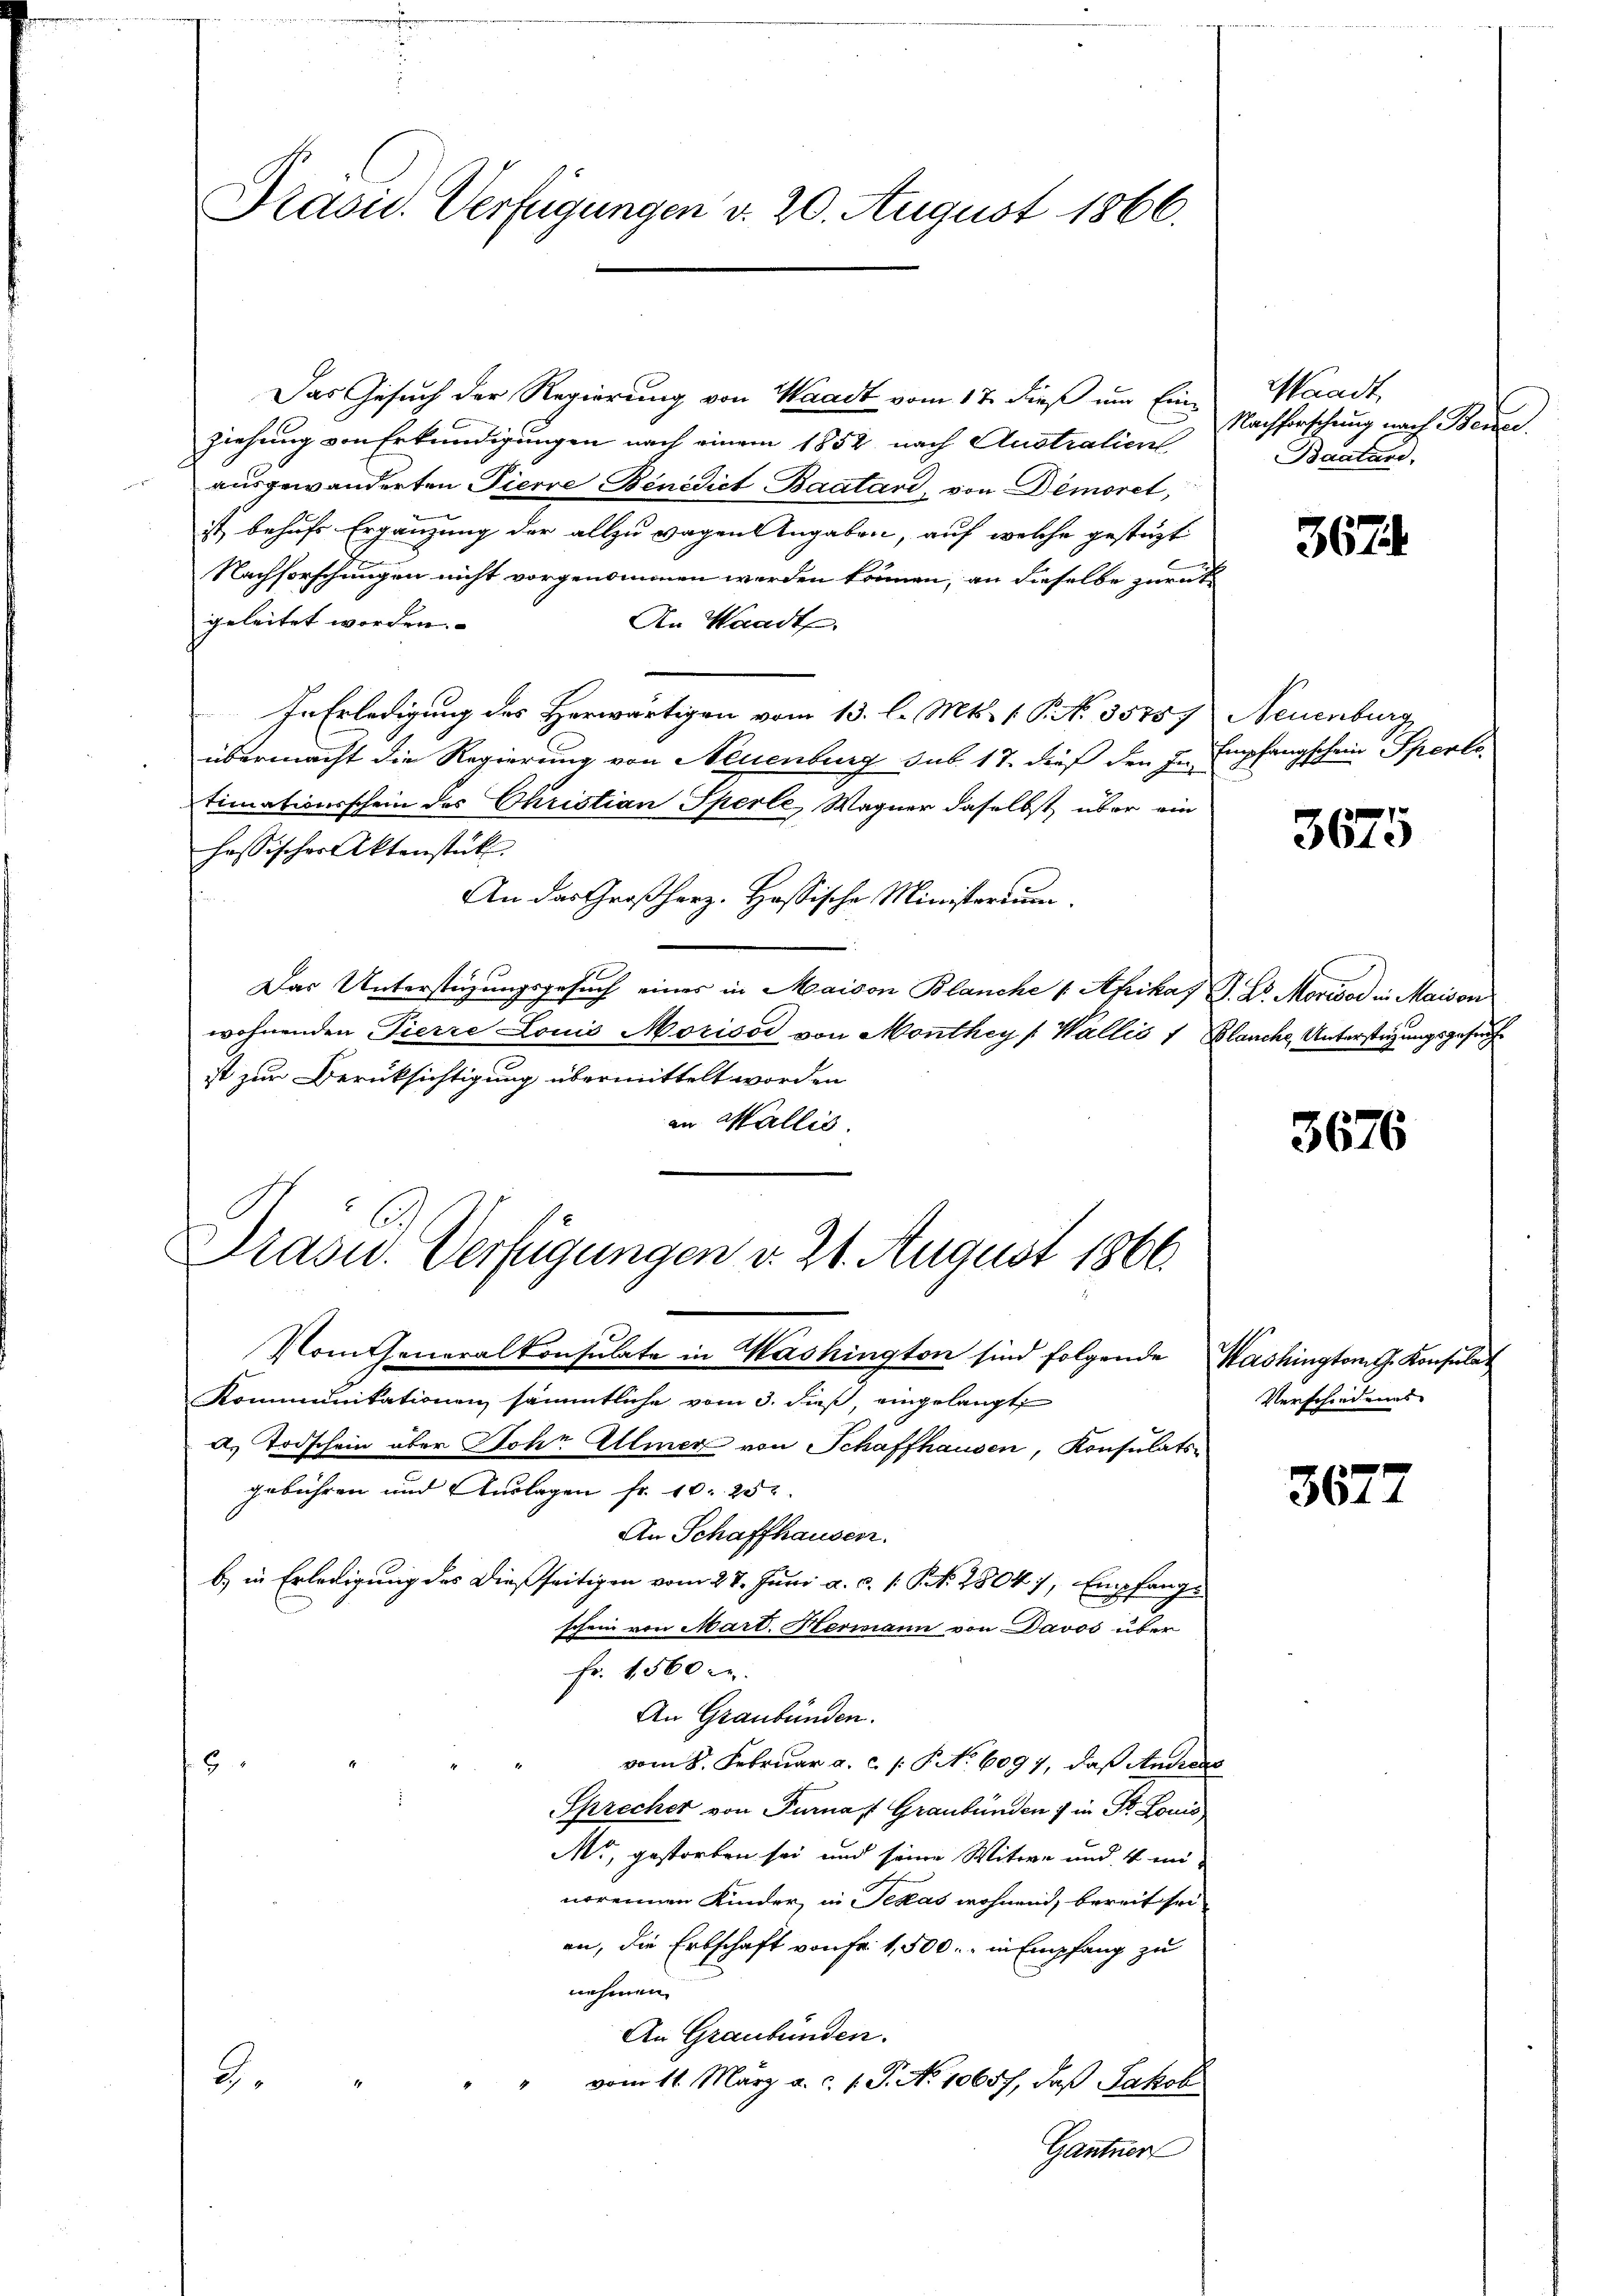
Präses Verfügungen d. 20. August 1860.

Das Gesuch der Regierung von Waadt vom 17. dieß um Einziehung von Erkundigungen nach einem 1852 nach Australiens
ausgewänderten Pierre Benedict Baatari, von Demoret,
ist, behufs Ergänzung der allzu wegen Angaben, auf welche gestüzt
Nachforschungen nicht vorgenommen werden können, an dieselbe zurück
geleitet worden.
An Waadt.
In Erledigung des Herwärtigen vom 13. l. Mts. (T. No. 35757
übermacht die Regierung von Neuenburg sub. 17. dieß den In-
timationsschein des Christian Sperle, Wagner daselbst über ein
hassischer Aktenstück.
An das Großherz. Hassische Ministorium
Das Unterstüzungsgesuch eines in Maison Blanche v. Apikas J. L. Morisad in Maison
wohnenden Pierre Louis Moricod von Monthey (Wallis 1 Blanche Unterstützungsgesuch
ist zur Berüksichtigung übermittelt worden
an Wallis.
Präsid.. Verfügungen v. 21. August 1866
Vom Generalkonsulate in Washington sind folgende Washington G. Konsulat
Kommunikationen sämmtliche vom 3. dieß, eingelangt
d. Todschein über Sohr Allmer von Schaffhausen, Konsulats
gebühren und Auslagen fr. 10. 252.
An Schaffhausen.
b) in Erledigung des dießseitigen vom 27. Juni a. c. s. S. 2804), Empfangs
schein von Mart. Hermann von Davos über
Fr. 1560 c.
An Graubünden.
vom 8. Februar a. c. /: No 6097, daß Anrede
9
Sprecher von Turnal Graubünden :/ in St. Louis
Mo, gestorben sei und seine Witwe und 4 mi-
norennen Kinder, in Texas wohnend, bereit sei
an, die Erbschaft von Fr. 1,500.- in Empfang zu
nehmen.
An Graubünden.
vom 11. März a. c. 1. J. No 10657, daß Jakob
b
Gantner

Waadt,
Nachforschung nach Bene
Baatand,

Neuenburg
Empfangschein Sperte.

367

3675

3676

Verschiedenes

3677